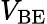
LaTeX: V_{\mathrm{BE}}